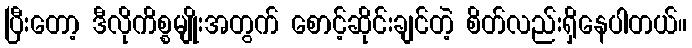
ပြီးတော့ ဒီလိုကိစ္စမျိုးအတွက် စောင့်ဆိုင်းချင်တဲ့ စိတ်လည်းရှိနေပါတယ်။